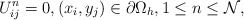
\begin{align*} U_{ij}^{n}=0,(x_i,y_j)\in\partial\Omega_{h},1\leq n\leq \mathcal{N}, \end{align*}